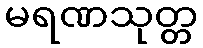
မရဏသုတ္တ